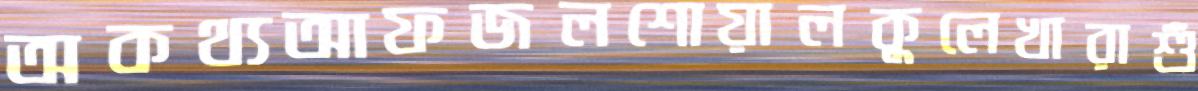
অকথ্যআফজলশোয়ালকুলেখারাশুঁ